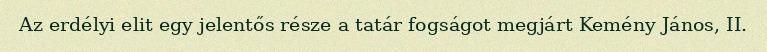
Az erdélyi elit egy jelentős része a tatár fogságot megjárt Kemény János, II.